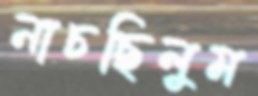
নাচছিলুম